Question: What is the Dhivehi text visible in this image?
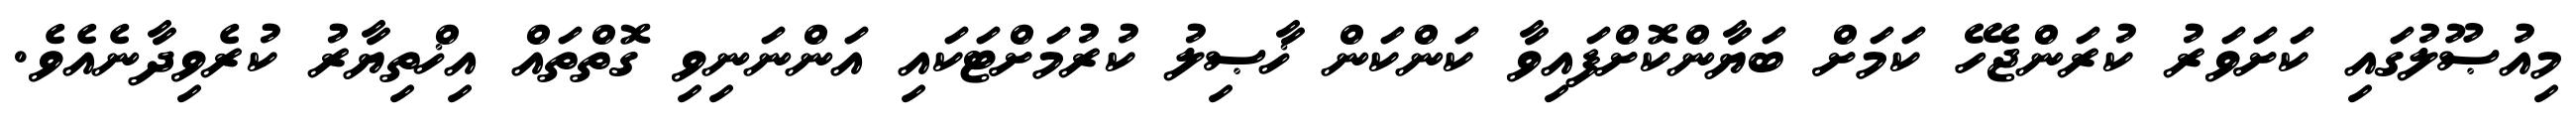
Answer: މިއުޞޫލުގައި ކަށަވަރު ކުރަންޖެހޭ ކަމަށް ބަޔާންކޮށްފައިވާ ކަންކަން ޚާޞިލު ކުރުމަށްޓަކައި އަންނަނިވި ގޮތްތައް އިޚްތިޔާރު ކުރެވިދާނެއެވެ.